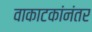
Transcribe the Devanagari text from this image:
वाकाटकांनंतर